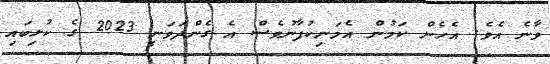
ވާނެ އެވެ. އެހެން ކަމުން އެމަނިކުފާނުވެސް އެ ގެންދަވަނީ 2023 ގެ ކުޅިބައި